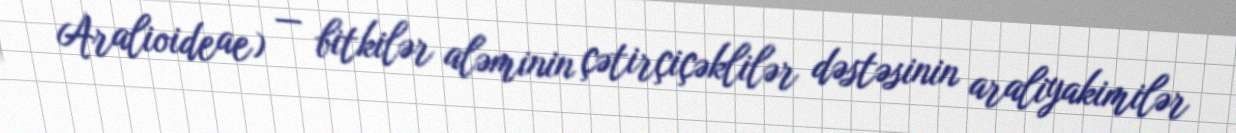
Aralioideae) — bitkilər aləminin çətirçiçəklilər dəstəsinin araliyakimilər